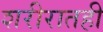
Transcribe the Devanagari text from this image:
शरीरातही